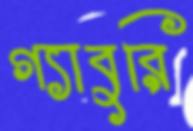
গ্যাবুরি